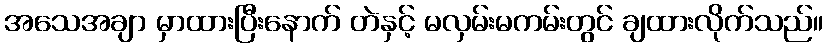
အသေအချာ မှာထားပြီးနောက် တဲနှင့် မလှမ်းမကမ်းတွင် ချထားလိုက်သည်။